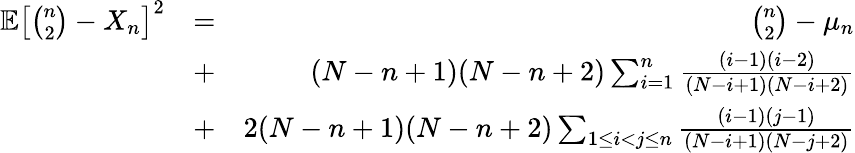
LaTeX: \begin{array}{rlr}{{\mathbb E}\left[{\binom{n}{2}}-X_{n}\right]^{2}}&{=}&{{\binom{n}{2}}-\mu_{n}}\\ &{+}&{(N-n+1)(N-n+2)\sum_{i=1}^{n}\frac{(i-1)(i-2)}{(N-i+1)(N-i+2)}}\\ &{+}&{2(N-n+1)(N-n+2)\sum_{1\leq i<j\leq n}\frac{(i-1)(j-1)}{(N-i+1)(N-j+2)}}\end{array}